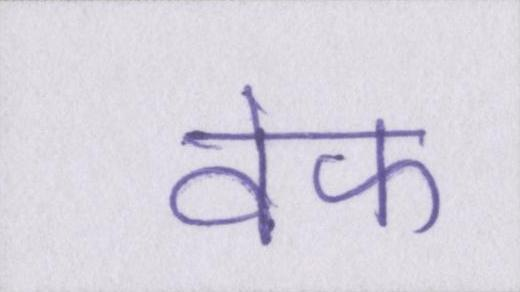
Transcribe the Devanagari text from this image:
वेफ